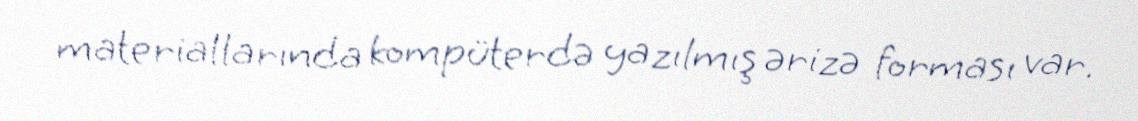
materiallarında kompüterdə yazılmış ərizə forması var.